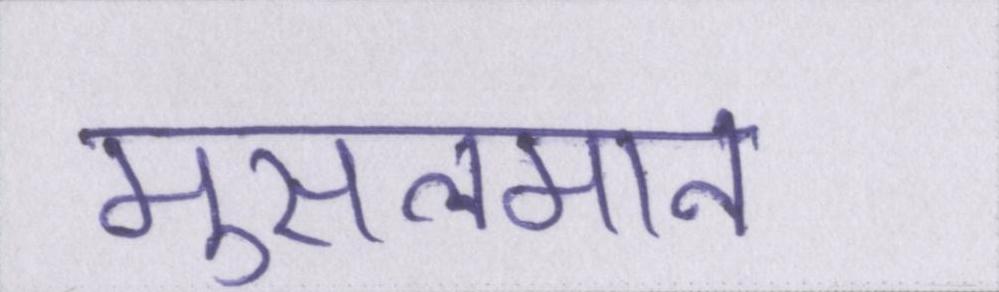
मुसलमान